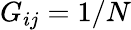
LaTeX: G_{ij}=1/N